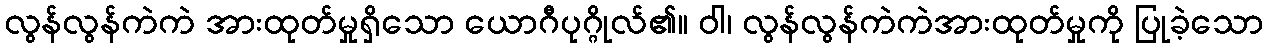
လွန်လွန်ကဲကဲ အားထုတ်မှုရှိသော ယောဂီပုဂ္ဂိုလ်၏။ ဝါ၊ လွန်လွန်ကဲကဲအားထုတ်မှုကို ပြုခဲ့သော